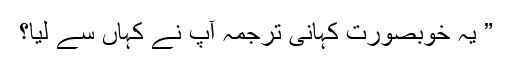
” یہ خوبصورت کہانی ترجمہ آپ نے کہاں سے لیا؟